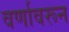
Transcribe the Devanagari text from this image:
वर्णावरून